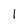
Character: l